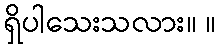
ရှိပါသေးသလား။ ။